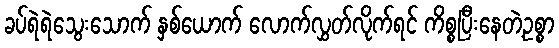
ခပ်ရဲရဲသွေးသောက် နှစ်ယောက် လောက်လွှတ်လိုက်ရင် ကိစ္စပြီးနေတဲ့ဥစ္စာ